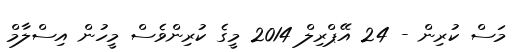
މަސް ކުރިން - 24 އޭޕްރިލް 2014 މީގެ ކުރިންވެސް މީހުން އިސްލާމް